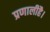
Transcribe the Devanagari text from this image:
प्रणालीहै।